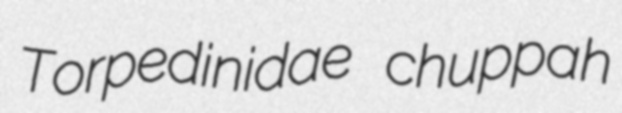
Torpedinidae chuppah